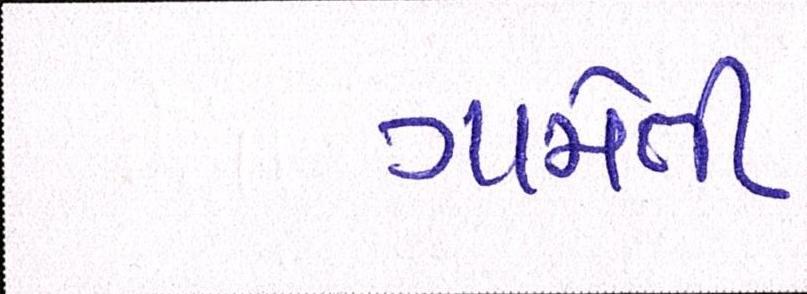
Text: ગામેતી